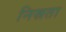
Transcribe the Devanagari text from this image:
निस्रता